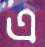
এ